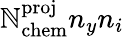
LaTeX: \mathbb{N}_{\mathrm{{chem}}}^{\mathrm{{proj}}}n_{y}n_{i}